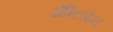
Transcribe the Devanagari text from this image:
ॲन्टिजेन